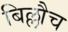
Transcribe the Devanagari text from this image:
बिल्लौच